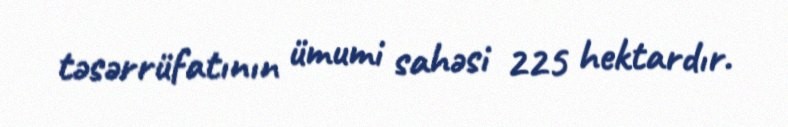
təsərrüfatının ümumi sahəsi 225 hektardır.